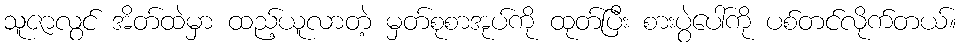
သူဇာလွင် အိတ်ထဲမှာ ထည့်ယူလာတဲ့ မှတ်စုစာအုပ်ကို ထုတ်ပြီး စားပွဲပေါ်ကို ပစ်တင်လိုက်တယ်။